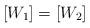
LaTeX: \begin{align*}[W_1]=[W_2]\end{align*}